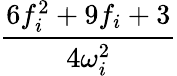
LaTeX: \frac{6f_{i}^{2}+9f_{i}+3}{4\omega_{i}^{2}}